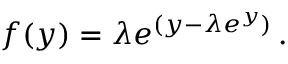
f ( y ) = \lambda e ^ { ( y - \lambda e ^ { y } ) } \, .